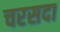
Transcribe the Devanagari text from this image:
चरसदा